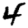
Digit: 4